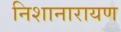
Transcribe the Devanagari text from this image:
निशानारायण